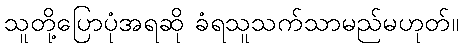
သူတို့ပြောပုံအရဆို ခံရသူသက်သာမည်မဟုတ်။